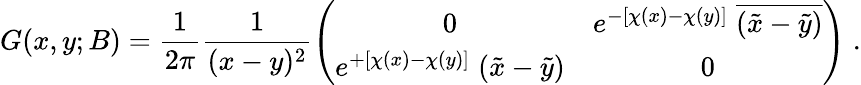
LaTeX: G(x,y;B)=\frac{1}{2\pi}\frac{1}{(x-y)^{2}}\left(\begin{array}{cc}{{0}}&{{e^{-[\chi(x)-\chi(y)]}\; \overline{{{(\tilde{x}-\tilde{y})}}}}}\\ {{e^{+[\chi(x)-\chi(y)]}\; (\tilde{x}-\tilde{y})}}&{{0}}\end{array}\right)\; .